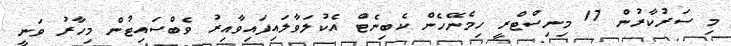
މި ސަރުކާރުން 17 މިނިސްޓްރީ ހިމެނޭހެން ކެބިނެޓް އެކުލަވާލައިފައިވާއިރު ވެބްސައިޓުން މިހާރު ވަނީ